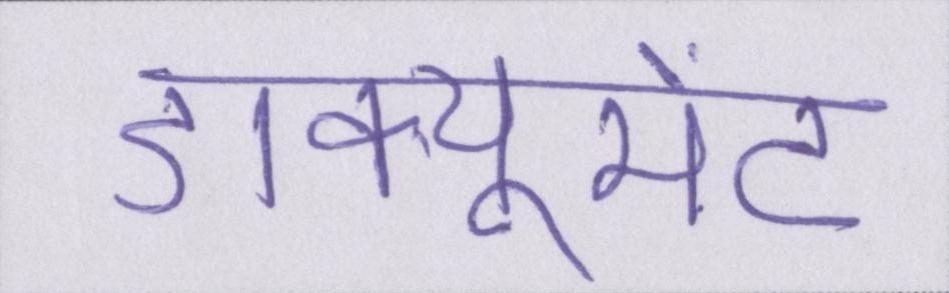
डाक्यूमेंट